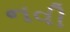
નવી